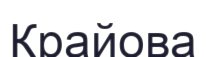
Крайова